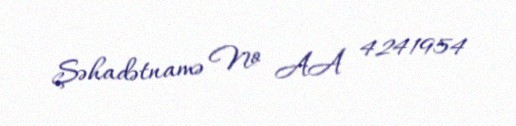
Şəhadətnamə № AA 4241954